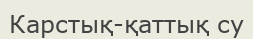
Карстық-қаттық су